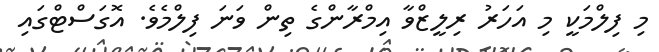
މި ފިލްމަކީ މި އަހަރު ރިލީޒްވާ އިމްރާންގެ ތިން ވަނަ ފިލްމެވެ. އޮގަސްޓްގައި